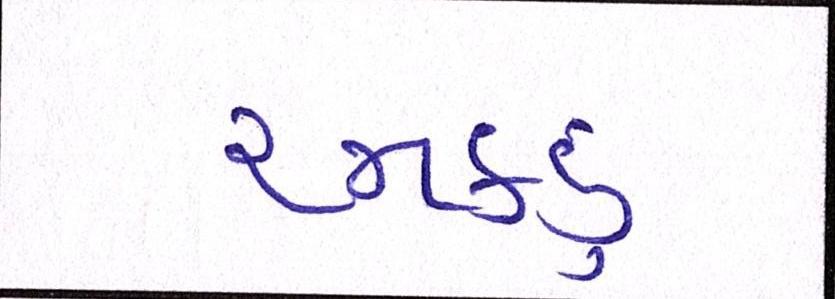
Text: રમકડું